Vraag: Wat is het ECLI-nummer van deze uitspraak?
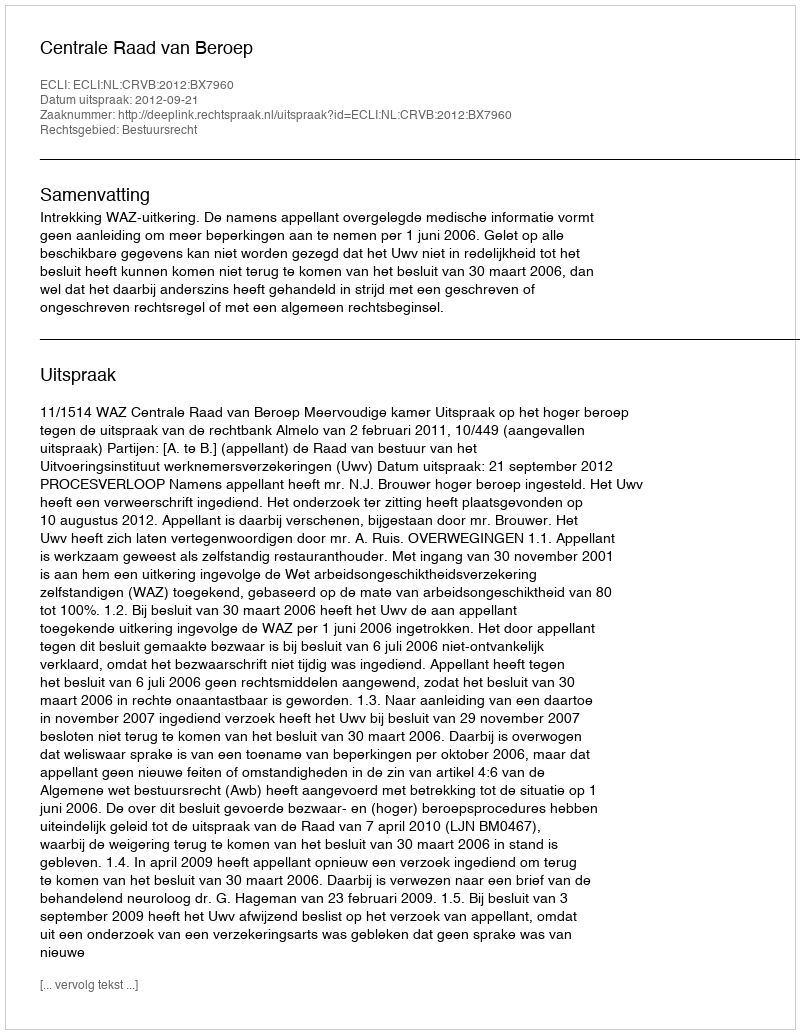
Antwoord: ECLI:NL:CRVB:2012:BX7960